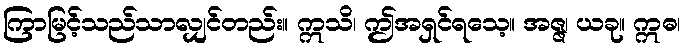
ကြာမြင့်သည်သာလျှင်တည်း။ ဣသိ၊ ဤအရှင်ရသေ့။ အဇ္ဇ၊ ယခု။ ဣဓ၊